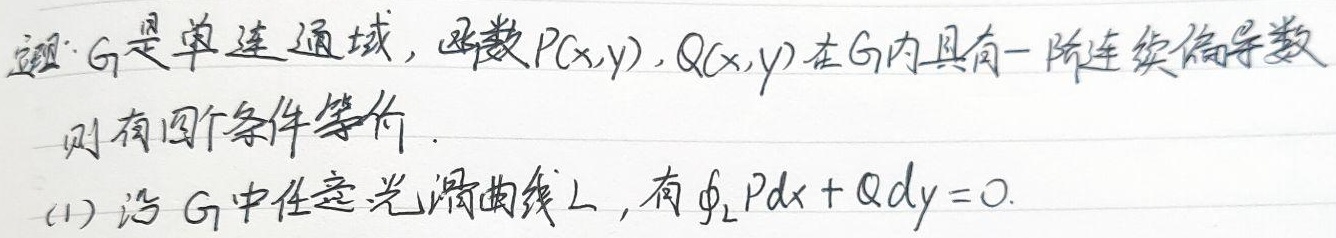
定理：若\(G\)是单连通域，函数\(P(x,y),Q(x,y)\)在\(G\)内具有一阶连续偏导数，则有四个条件等价。
(1) 沿\(G\)中任意光滑曲线\(L\)，有\(\oint_L Pdx + Qdy = 0\)。